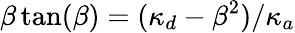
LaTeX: \beta\tan(\beta)=(\kappa_{d}-\beta^{2})/\kappa_{a}